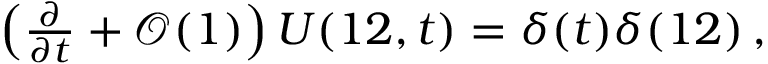
\begin{array} { r } { \left( \frac { \partial } { \partial t } + \mathcal { O } ( 1 ) \right) U ( 1 2 , t ) = \delta ( t ) \delta ( 1 2 ) \, , } \end{array}